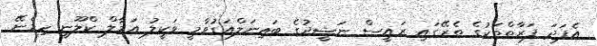
އެފަދަ ފަރާތްތަކުގެ ތެރޭގައި ރައީސް ނަޝީދުގެ ބައިނަލްއަގުވާމީ ވަކީލު އަމާލް ކްލޫނީ ހިމެނޭ